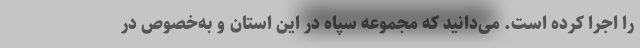
را اجرا کرده است. می‌دانید که مجموعه سپاه در این استان و به‌خصوص در